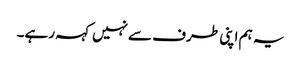
یہ ہم اپنی طرف سےنہیں کہہ رہے۔